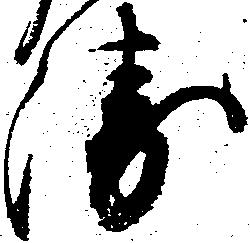
衛